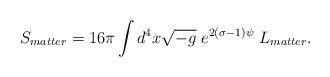
LaTeX: \begin{align*}S_{matter}=16\pi\int d^4x \sqrt{-g}\;e^{2(\sigma-1)\psi}\;L_{matter}.\end{align*}